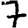
Digit: 7